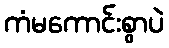
ကံမကောင်းစွာပဲ